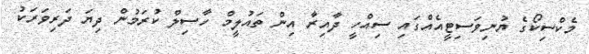
މެކްސިކޯގެ ޔުނިވަސިޓީއެއްގައި ސިއްހީ ދާއިރާ އިން ތައުލީމް ހާސިލް ކުރަމުން ދިޔަ ދަރިވަރަކު